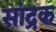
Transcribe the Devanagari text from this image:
सांद्रक